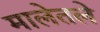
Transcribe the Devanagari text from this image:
मालेतले